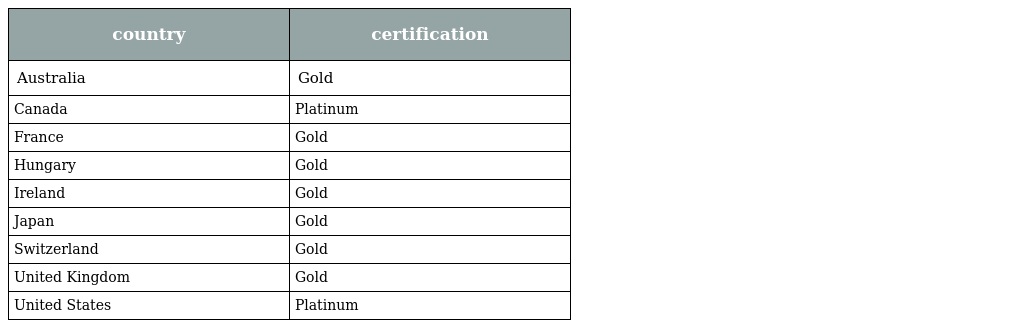
| country | certification |
 | --- | --- |
 | Australia | Gold |
 | Canada | Platinum |
 | France | Gold |
 | Hungary | Gold |
 | Ireland | Gold |
 | Japan | Gold |
 | Switzerland | Gold |
 | United Kingdom | Gold |
 | United States | Platinum |